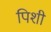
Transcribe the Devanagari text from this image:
पिशी